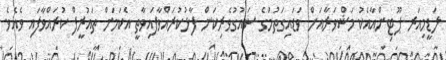
ލަޑީމިއަރ ޕޫޓިންއާއެކު މަޝްވަރާއަށް ވަޑައިގަތުމުގެ ޝައުގުވެރިކަން ފާޅުކުރައްވާފައިވާތީ އެކަމަށް ތައުރީފް ކުރައްވާފައި ވެއެވެ.